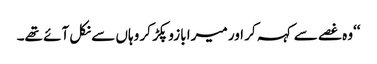
‘‘وہ غصے سے کہہ کر اور میرا بازو پکڑ کر وہاں سے نکل آئے تھے۔